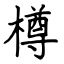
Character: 樽